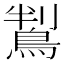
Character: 鵥